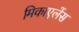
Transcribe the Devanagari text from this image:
मिकाएलेंस